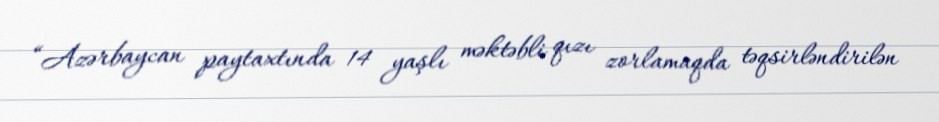
“Azərbaycan paytaxtında 14 yaşlı məktəbli qızı zorlamaqda təqsirləndirilən